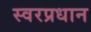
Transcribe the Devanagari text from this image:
स्वरप्रधान